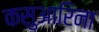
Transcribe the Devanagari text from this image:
कसुआरिना